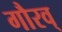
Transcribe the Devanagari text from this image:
गौरव्